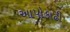
આપોકાઢી